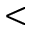
<